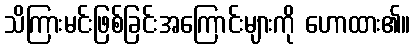
သိကြားမင်းဖြစ်ခြင်းအကြောင်းများကို ဟောထား၏။